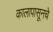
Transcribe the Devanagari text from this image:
कालापासूनचे